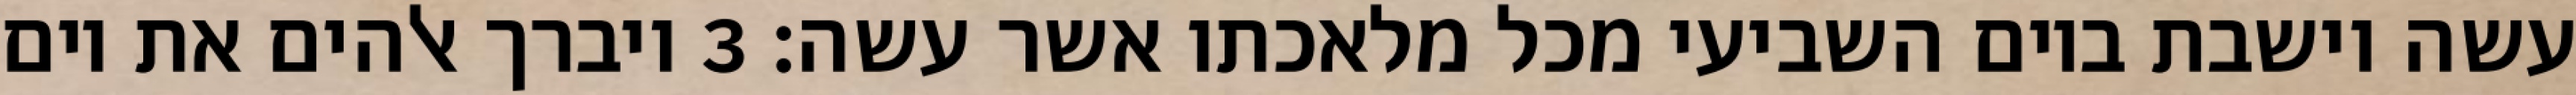
עשה וישבת ביום השביעי מכל מלאכתו אשר עשה׃ ‎3‏ ויברך אלהים את יום